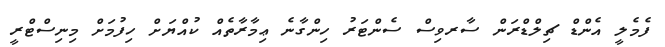
ފެމެލީ އެންޑް ޗިލްޑްރަން ސާރވިސް ސެންޓަރު ހިންގާނެ ޢިމާރާތެއް ކުއްޔަށް ހިފުމަށް މިނިސްޓްރީ